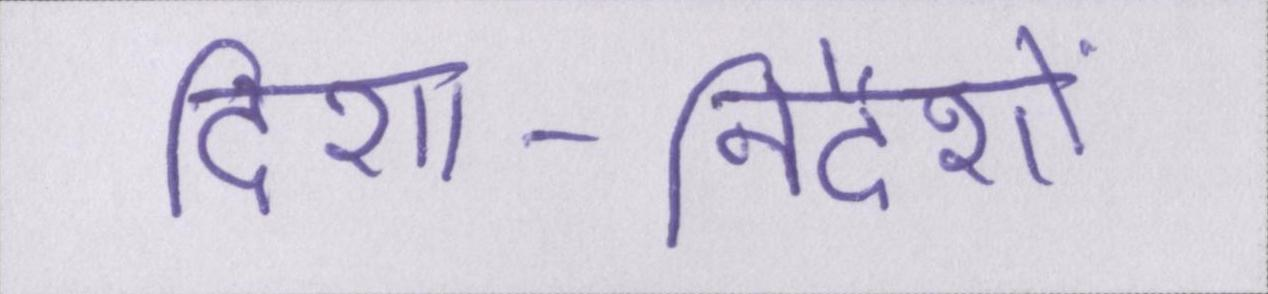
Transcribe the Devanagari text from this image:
दिशा-निर्देशों